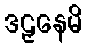
ဒဠှနေမိ